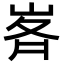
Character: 𭖥